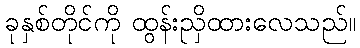
ခုနှစ်တိုင်ကို ထွန်းညှိထားလေသည်။